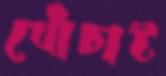
খোঁচাই